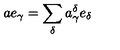
a e _ { \gamma } = \sum _ { \delta } a _ { \gamma } ^ { \delta } e _ { \delta }